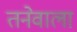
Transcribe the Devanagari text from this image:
तनेवाला